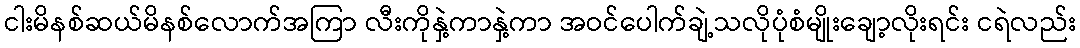
ငါးမိနစ်ဆယ်မိနစ်လောက်အကြာ လီးကိုနှဲ့ကာနှဲ့ကာ အဝင်ပေါက်ချဲ့သလိုပုံစံမျိုးချော့လိုးရင်း ငရဲလည်း